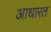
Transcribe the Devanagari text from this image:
आधारत